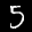
Label: 5